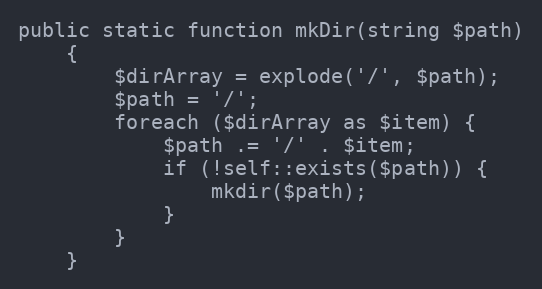
Language: PHP
public static function mkDir(string $path)
    {
        $dirArray = explode('/', $path);
        $path = '/';
        foreach ($dirArray as $item) {
            $path .= '/' . $item;
            if (!self::exists($path)) {
                mkdir($path);
            }
        }
    }